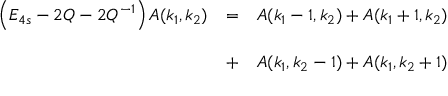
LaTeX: \begin{array} { l l l } { { \left( E _ { 4 s } - 2 Q - 2 Q ^ { - 1 } \right) A ( k _ { 1 } , k _ { 2 } ) } } & { { = } } & { { A ( k _ { 1 } - 1 , k _ { 2 } ) + A ( k _ { 1 } + 1 , k _ { 2 } ) } } \\ { { } } & { { } } & { { } } \\ { { } } & { { + } } & { { A ( k _ { 1 } , k _ { 2 } - 1 ) + A ( k _ { 1 } , k _ { 2 } + 1 ) } } \end{array}